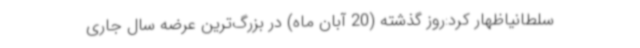
سلطانیاظهار کرد:روز گذشته (20 آبان ماه) در بزرگ‌ترین عرضه سال جاری